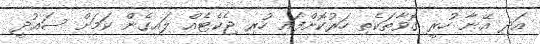
އަދި އޭނާ ހުރީ ގޮވާތަކެތި ހަރުކޮށްފައި ހުރި ޖެކެޓެއް ލައިގެން ކަމަށް ސައުދީ